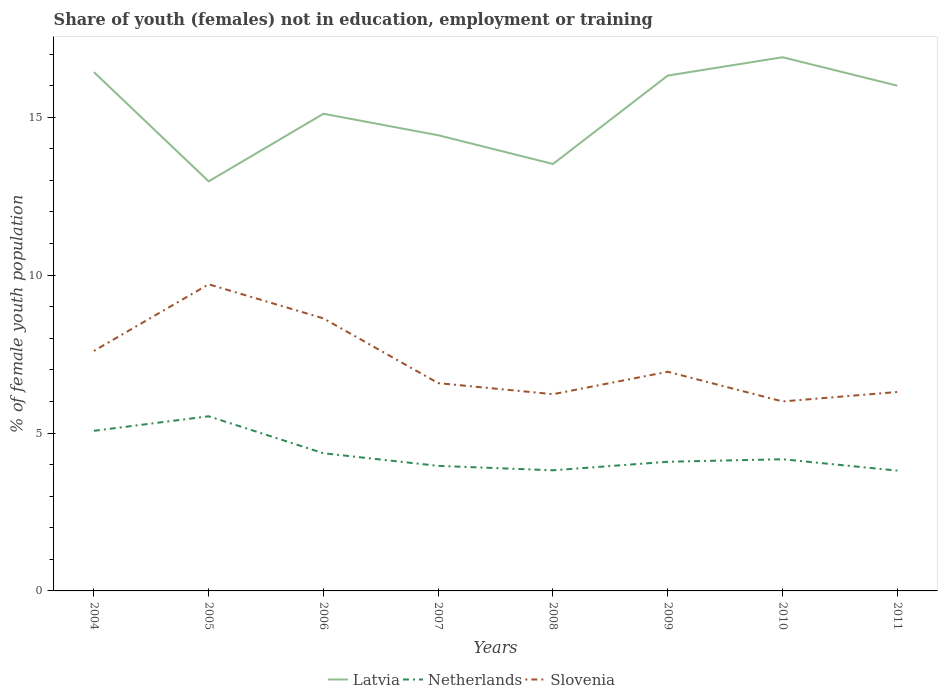
| Years | Latvia | Netherlands | Slovenia |
 | --- | --- | --- | --- |
 | 2004 | 16.4 | 5.07 | 7.6 |
 | 2005 | 13 | 5.53 | 9.71 |
 | 2006 | 15.1 | 4.36 | 8.63 |
 | 2007 | 14.4 | 3.96 | 6.58 |
 | 2008 | 13.5 | 3.82 | 6.23 |
 | 2009 | 16.3 | 4.09 | 6.94 |
 | 2010 | 16.9 | 4.17 | 6 |
 | 2011 | 16 | 3.81 | 6.3 |